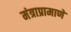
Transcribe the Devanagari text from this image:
मंत्राप्रामाणे